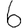
Digit: 6